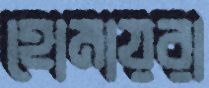
হোমায়রা